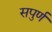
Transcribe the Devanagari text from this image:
सपुर्ण